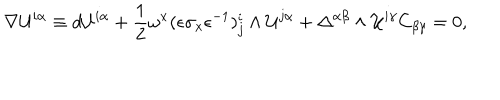
LaTeX: \nabla { \cal U } ^ { i \alpha } \equiv d { \cal U } ^ { i \alpha } + { \frac { 1 } { 2 } } \omega ^ { x } ( \epsilon \sigma _ { x } \epsilon ^ { - 1 } ) _ { j } ^ { i } \wedge { \cal U } ^ { j \alpha } + \Delta ^ { \alpha \beta } \wedge { \cal U } ^ { i \gamma } C _ { \beta \gamma } = 0 ,